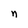
Character: n